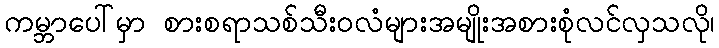
ကမ္ဘာပေါ်မှာ စားစရာသစ်သီးဝလံများအမျိုးအစားစုံလင်လှသလို၊